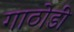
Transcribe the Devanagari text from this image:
गाठोडीं